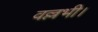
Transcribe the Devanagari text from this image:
वल्लभी।